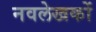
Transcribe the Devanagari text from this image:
नवलेखकों